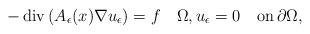
LaTeX: \begin{align*}-\operatorname{div}\left( A_{\epsilon}(x)\nabla u_{\epsilon}\right)=f\quad\Omega,u_\epsilon=0\quad{\rm on}\,\partial\Omega,\end{align*}